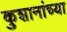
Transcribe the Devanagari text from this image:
कुशानांच्या